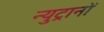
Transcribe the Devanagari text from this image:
न्युट्रानों